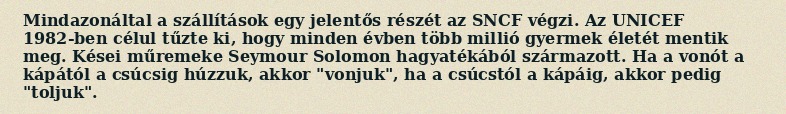
Mindazonáltal a szállítások egy jelentős részét az SNCF végzi. Az UNICEF 1982-ben célul tűzte ki, hogy minden évben több millió gyermek életét mentik meg. Kései műremeke Seymour Solomon hagyatékából származott. Ha a vonót a kápától a csúcsig húzzuk, akkor "vonjuk", ha a csúcstól a kápáig, akkor pedig "toljuk".